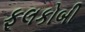
ફૂલકોબી